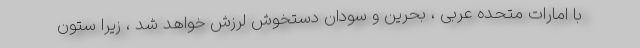
با امارات متحده عربی ، بحرین و سودان دستخوش لرزش خواهد شد ، زیرا ستون